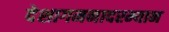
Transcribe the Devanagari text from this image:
देशागमनादरम्यान